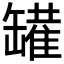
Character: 𰭆